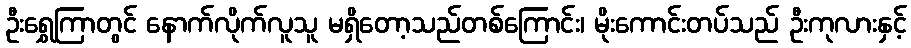
ဦးရွှေကြာတွင် နောက်လိုက်လူသူ မရှိတော့သည်တစ်ကြောင်း၊ မိုးကောင်းတပ်သည် ဦးကုလားနှင့်